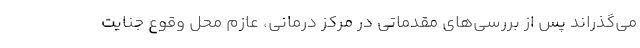
می‌گذراند پس از بررسی‌های مقدماتی در مرکز درمانی، عازم محل وقوع جنایت